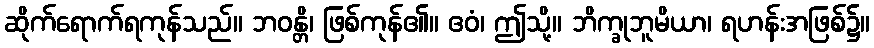
ဆိုက်ရောက်ရကုန်သည်။ ဘဝန္တိ၊ ဖြစ်ကုန်၏။ ဧဝံ၊ ဤသို့။ ဘိက္ခုဘူမိယာ၊ ရဟန်းအဖြစ်၌။